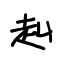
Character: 赳